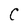
Character: C